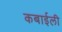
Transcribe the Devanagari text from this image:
कबाईली